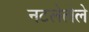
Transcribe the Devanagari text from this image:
नटलेलेले